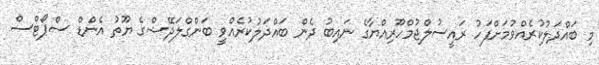
މި ބައްދަލުކުރެއްވުމަށްފަހު ރައީސުލްޖުމްހޫރިއްޔާގެ ނައިބު ދެން ބައްދަލުކުރެއްވީ ބަންގްލަދޭޝްގެ ޔޫތު އެންޑް ސްޕޯޓްސް